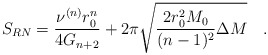
\begin{align*}S_{RN}=\frac{\nu^{(n)}r_0^n}{4G_{n+2}}+2\pi\sqrt{\frac{2r_0^2M_0}{(n-1)^2} \Delta M} \quad . \end{align*}